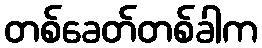
တစ်ခေတ်တစ်ခါက